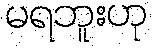
မရဘူးဟု